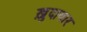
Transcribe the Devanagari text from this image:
ख़ुदायार